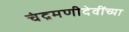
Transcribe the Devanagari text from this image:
चंद्रमणीदेवींच्या